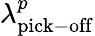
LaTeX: \lambda_{\mathrm{pick-off}}^{p}